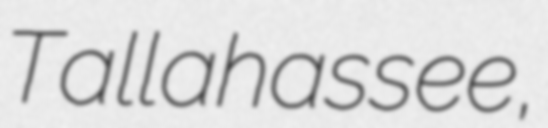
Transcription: Tallahassee,